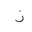
Letter: _zay